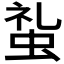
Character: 𧊢